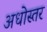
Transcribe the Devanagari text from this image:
अधोस्तर